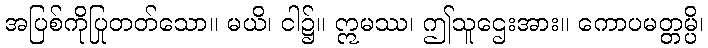
အပြစ်ကိုပြုတတ်သော။ မယိ၊ ငါ၌။ ဣမဿ၊ ဤသူဌေးအား။ ကောပမတ္တမ္ပိ၊